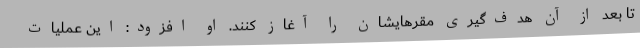
تا بعد از آن هدف‌گیری مقرهایشان را آغاز کنند. او افزود: این عملیات